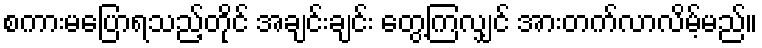
စကားမပြောရသည့်တိုင် အချင်းချင်း တွေ့ကြလျှင် အားတက်လာလိမ့်မည်။